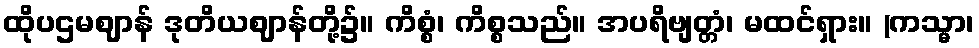
ထိုပဌမဈာန် ဒုတိယဈာန်တို့၌။ ကိစ္စံ၊ ကိစ္စသည်။ အပရိဗျတ္တံ၊ မထင်ရှား။ (ကသ္မာ၊